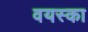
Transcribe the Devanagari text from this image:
वयस्का